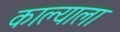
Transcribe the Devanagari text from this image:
काल्याला